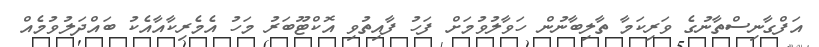
އަފްގާނިސްތާނުގެ ވަރިކަމާ ތާލިބާނުން ހަވާލުވުމަށް ފަހު ފާއިތުވި އޮކްޓޫބަރު މަހު އެމެރިކާއާއެކު ބައްދަލުވުމެއް